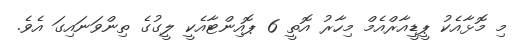
މި މޮޅާއެކު ޕީޑީއާރްއެމް މިހާރު އޮތީ 6 ޕޮއިންޓާއެކީ ލީގުގެ ތިންވަނައިގަ އެވެ.